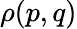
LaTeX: \rho(p,q)